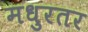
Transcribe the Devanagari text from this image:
मधुरतर